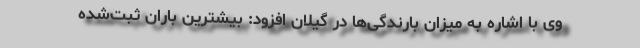
وی با اشاره به میزان بارندگی‌ها در گیلان افزود: بیشترین باران ثبت‌شده